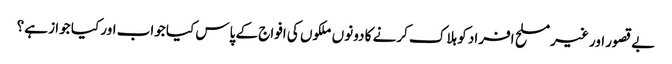
بے قصور اور غیر مسلح افراد کو ہلاک کرنے کا دونوں ملکوں کی افواج کے پاس کیا جواب اور کیا جوا ز ہے؟